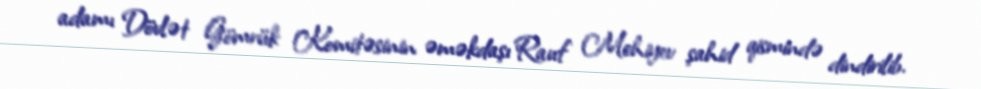
adamı Dövlət Gömrük Komitəsinin əməkdaşı Rauf Mehiyev şahid qismində dindirilib.